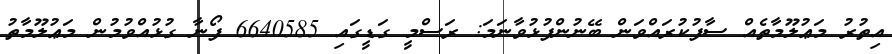
އިތުރު މަޢުލޫމާތެއް ސާފުކުރައްވަން ބޭނުންފުޅުވާނަމަ: ރަސްމީ ގަޑީގައި 6640585 ފޯނާ ގުޅުއްވުމުން މަޢުލޫމާތު